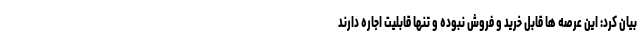
بیان کرد: این عرصه ها قابل خرید و فروش نبوده و تنها قابلیت اجاره دارند